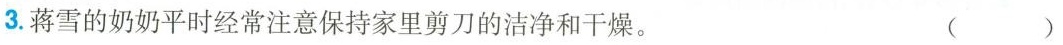
3.蒋雪的奶奶平时经常注意保持家里剪刀的洁净和干燥。 ( )